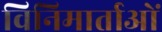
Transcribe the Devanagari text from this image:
विनिमार्ताओं